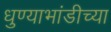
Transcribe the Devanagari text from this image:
धुण्याभांडीच्या